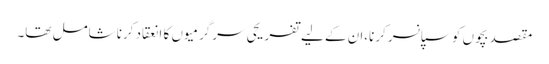
مقصد بچوں کو سپانسر کرنا،ان کے لیے تفریحی سرگرمیوں کا انعقاد کرنا شامل تھا۔